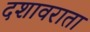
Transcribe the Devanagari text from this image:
दशावराता